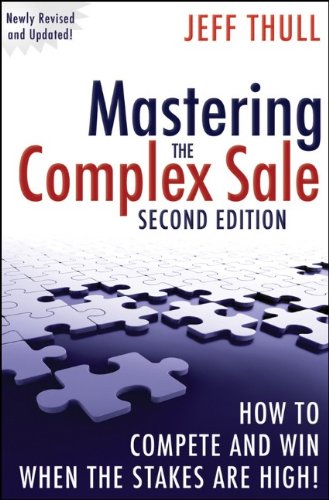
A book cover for Mastering the Complex Sale: How to Compete and Win When the Stakes are High!; Jeff Thull; Business & Money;